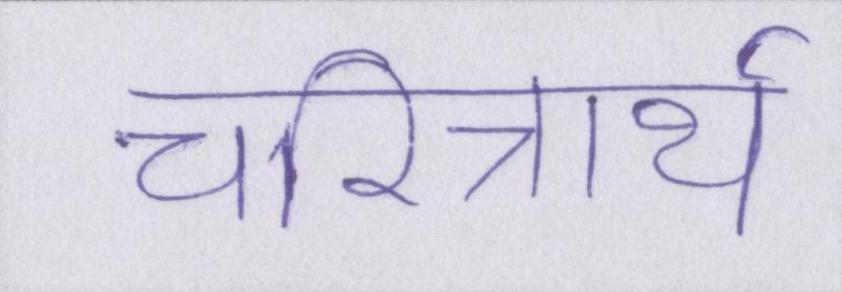
चरित्रार्थ